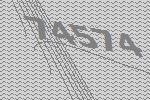
74574